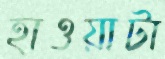
হাওয়াটা